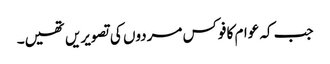
جب کہ عوام کا فوکس مردوں کی تصویریں تھیں۔